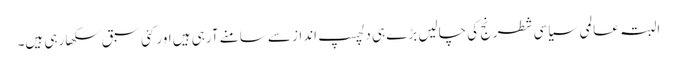
البتہ عالمی سیاسی شطرنج کی چالیں بڑے ہی دلچسپ انداز سے سامنے آرہی ہیں اور کئی سبق سکھا رہی ہیں۔